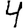
Digit: 4